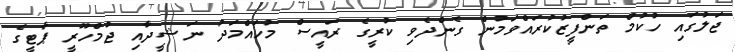
ޖަލުގައި ހުކުމް ތަންފީޒުކުރައްވަމުންް ގެންދެވި ކުރީގެ ރައީސް މުހައްމަދު ނަޝީދާއި ޖުމްހޫރީ ޕާޓީގެ